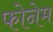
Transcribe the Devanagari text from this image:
फोनेम